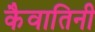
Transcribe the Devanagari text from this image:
कैवातिनी